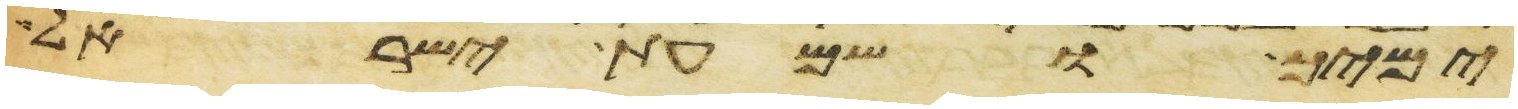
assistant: ימיך ושמעת ישראל